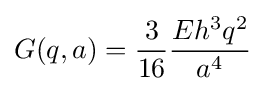
G(q,a)={\frac {3}{16}}{\frac {Eh^{3}q^{2}}{a^{4}}}